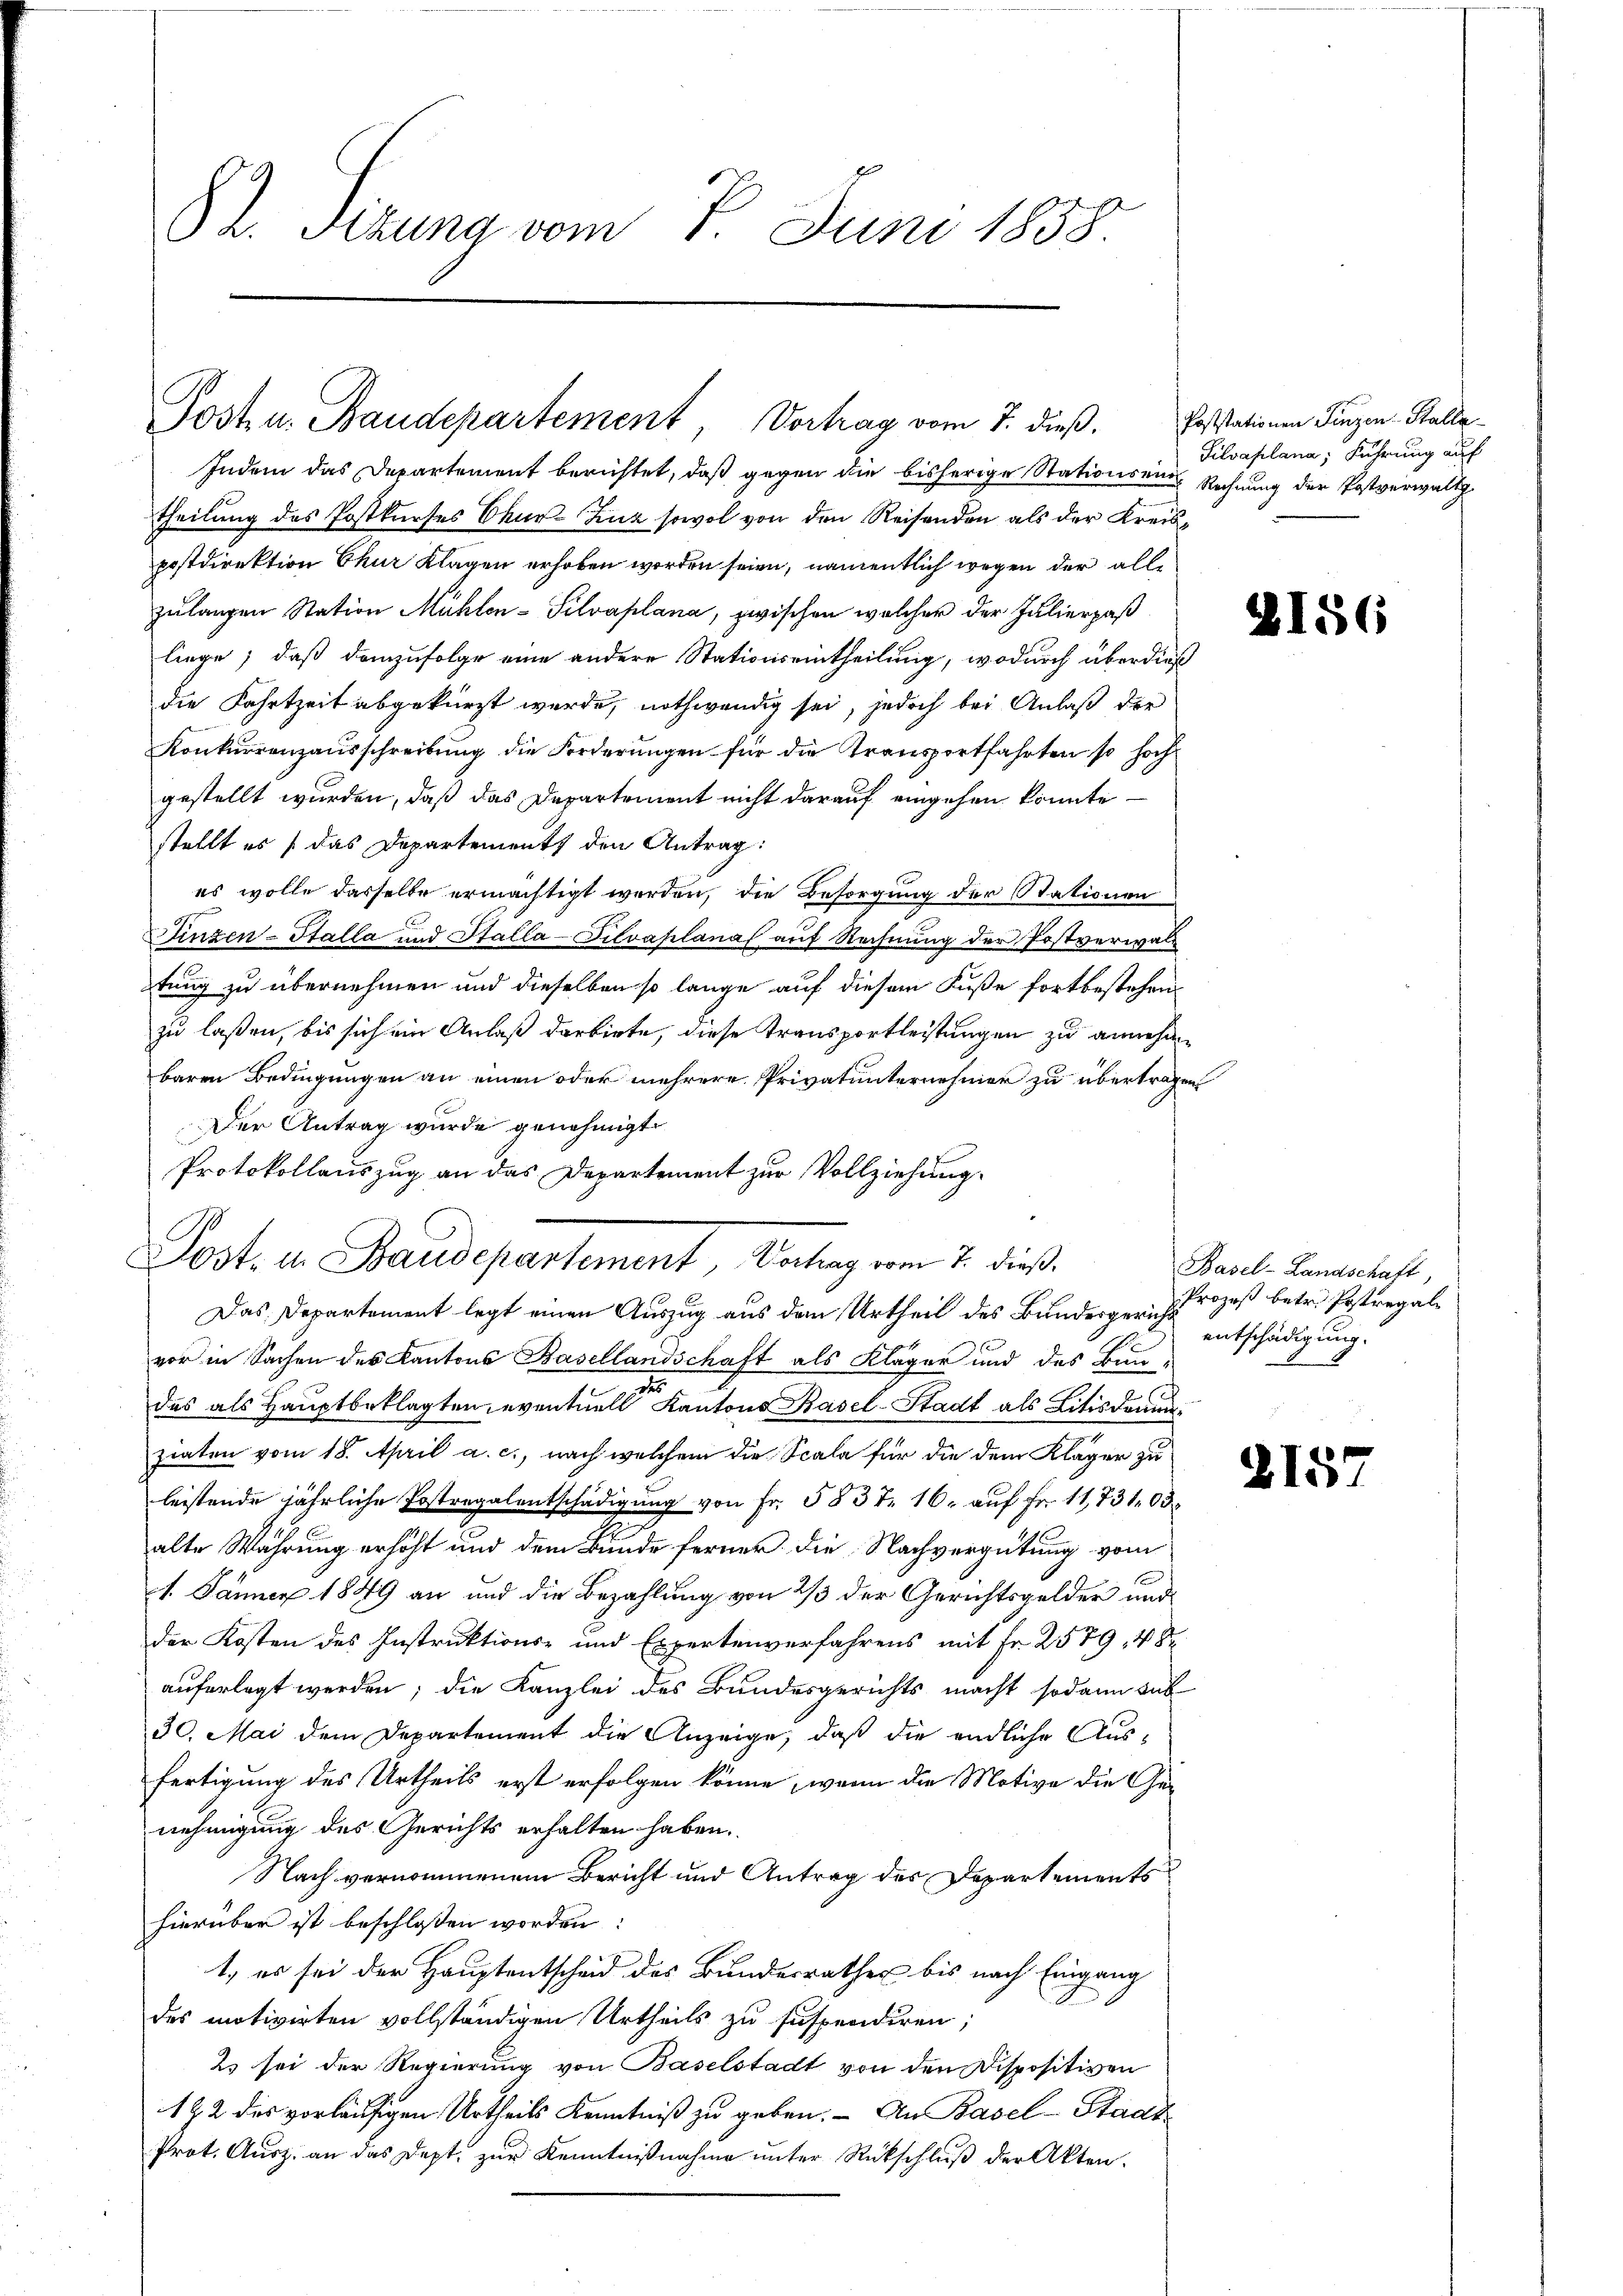
82. Sizung vom 7. Juni 1838

Post u. Baudepartement, Vortrag vom 7. dieß.

Indem das Departement berichtet, daß gegen die bisherige Stationsein Rechnung der Postverwalt
theilung des Postkurses Chur-Linz sowol von den Reisenden als der Kreispostdirektion Chur Klagen erhoben worden seien, namentlich wegen der alle
zulangen Station Mühlen-Silvaplana, zwischen welcher der Julierpaß
liege; daß demzufolge eine andere Stationseintheilung, wodurch überdieß
die Fahrtzeit abgekürzt wurde, nothwendig sei, jedoch bei Anlaß der
Konkurrenzausschreibŭng die Forderŭngen für die Transportfahrten so hochgestellt wurden, daß das Departement nicht darauf eingehen könnte
stellt es das Departements den Antrag:
es wolle dasselbe ermächtigt werden, die Besorgung der Stationen
Finzen-Stalla und Stalla-Filvaplanaf auf Rechnung der Postverwaltung zu übernehmen und dieselben so lange auf diesem Fuße fortbestehenzu laßen, bis sich ein Anlaß darbiete, diese Transportleistungen zu annehm
baren Bedingungen an einen oder mehrere Privatunternehmen zu übertragen
Der Antrag wurde genehmigt.
Protokollauszug an das Departement zur Vollziehung.

Post. in Baudepartement, Verhag vom 7. dieß.
Das Departement legt einen Auszug aus dem Urtheil des Bundesgericht

vor in Sachen des Kantons Basellandschaft als Kläger und des Bun-
das als Hauptbeklagten, eventuell Kantons Basel-Stadt als Litisdamenfiaten vom 18. April a. c., nach welchem die Scala für die dem Kläger zu
leistende jährliche Postregalentschädigung von Fr. 583 f. 16. auf Fr. 11731 03
alte Wahrung erhöht und dem Bunde ferner die Nachvergütung vom
E
1. Jänner 1849 an und die Bezahlung von 2/3 der Gerichtsgelder und
der Kosten des Instruktions- und Expertenverfahrens mit Fr. 2579, 48
auferlegt werden; die Kanzlei des Bundesgerichts macht sodann sub
30. Mai dem Departement die Anzeige, daß die endliche Ausfertigung des Urtheils erst erfolgen könne, wenn die Motive die Genehmigung des Gerichts erhalten haben.
Nach vernommenem Bericht und Antrag des Departements
hierüber ist beschlossen worden:
t, es sei der Hauptentscheid des Bundesrathes bis nach Eingang
des motivirten vollständigen Urtheils zu suspendiren;
2 sei der Regierung von Baselstadt von den Dispositiven
122 des vorläufigen Urtheils Kenntniß zu geben. - An Basel-Stadt
Prot. Ausz. an das Dept. zur Kenntnißnahme unter Rückschluß der Akten.

Poststationen Finzen Stalla
Silvaplana, Führung auf

2

Basel-Landschaft,
Prozeß betr. Postregal
entschädigung.

2157

156